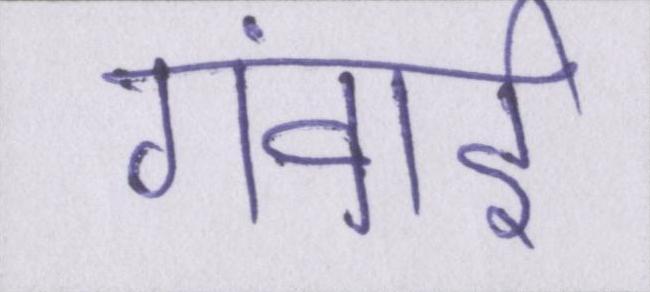
गंवाई